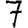
Digit: 7